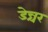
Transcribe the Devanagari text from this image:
डेन्चर